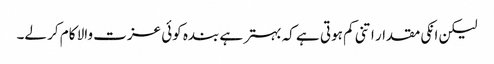
لیکن انکی مقدار اتنی کم ہوتی ہے کہ بہتر ہے بندہ کوئی عزت والا کام کر لے۔